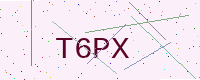
Text: T6PX